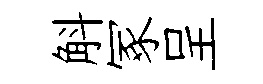
斛冢呈